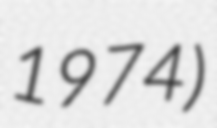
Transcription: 1974)